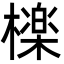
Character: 檪